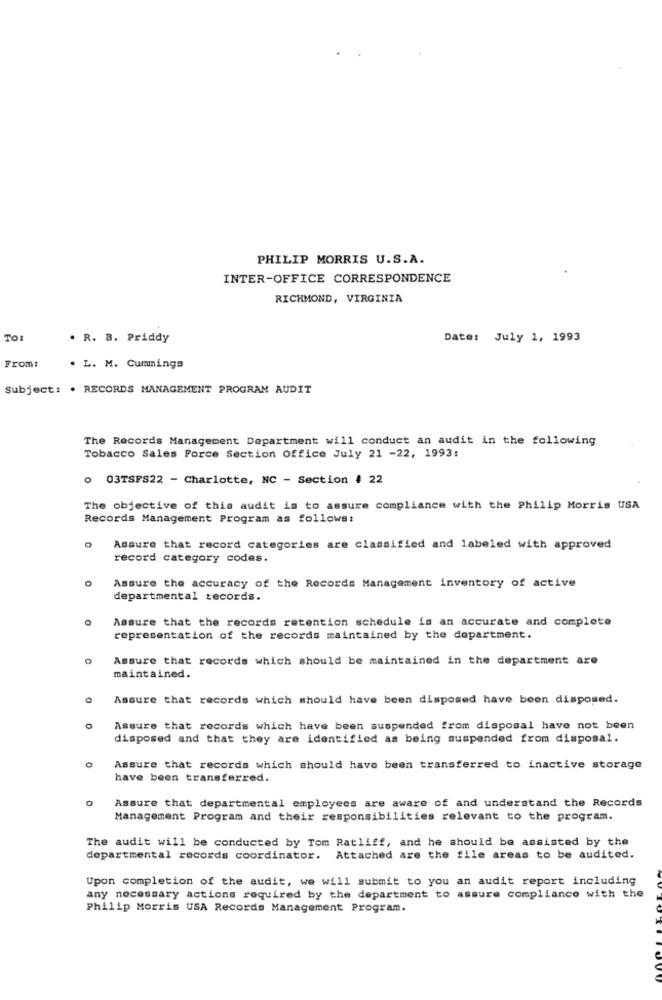
PHILIP MORRIS U.S.A.
INTER-OFFICE CORRESPONDENCE
RICHMOND, VIRGINIA
TO
. R. B. Priddy
Date: July 1, 1993
From:
. L. M. Cummings
Subject: . RECORDS MANAGEMENT PROGRAM AUDIT
The Records Management Department will conduct an audit in the following
Tobacco Sales Force Section Office July 21 -22, 1993:
0 03TSFS22 - Charlotte, NC - Section # 22
The objective of this audit is to assure compliance with the Philip Morris USA
Records Management Program as follows:
Assure that record categories are classified and labeled with approved
record category codes.
Assure the accuracy of the Records Management inventory of active
departmental records.
Assure that the records retention schedule is an accurate and complete
representation of the records maintained by the department.
Assure that records which should be maintained in the department are
maintained.
Assure that records which should have been disposed have been disposed.
Assure that records which have been suspended from disposal have not been
disposed and that they are identified as being suspended from disposal.
Assure that records which should have been transferred to inactive storage
have been transferred.
Assure that departmental employees are aware of and understand the Records
Management Program and their responsibilities relevant to the program.
The audit will be conducted by Tom Ratliff, and he should be assisted by the
departmental records coordinator.
Attached are the file areas to be audited.
Upon completion of the audit, we will submit to you an audit report including
any necessary actions required by the department to assure compliance with the
Philip Morris USA Records Management Program.